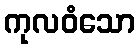
ကုလဝံသော